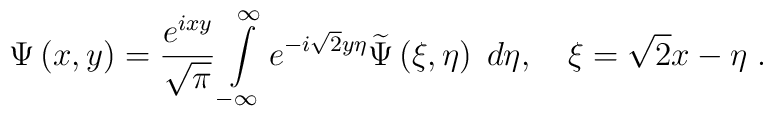
\Psi \left( x,y\right) =\frac{e^{ixy}}{\sqrt{\pi }}\int\limits_{-\infty}^{\infty }e^{-i\sqrt{2}y\eta }\widetilde{\Psi }\left( \xi ,\eta \right)\;d\eta ,\quad \xi =\sqrt{2}x-\eta \;.